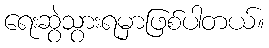
ရေးဆွဲသွားရမှာဖြစ်ပါတယ်။